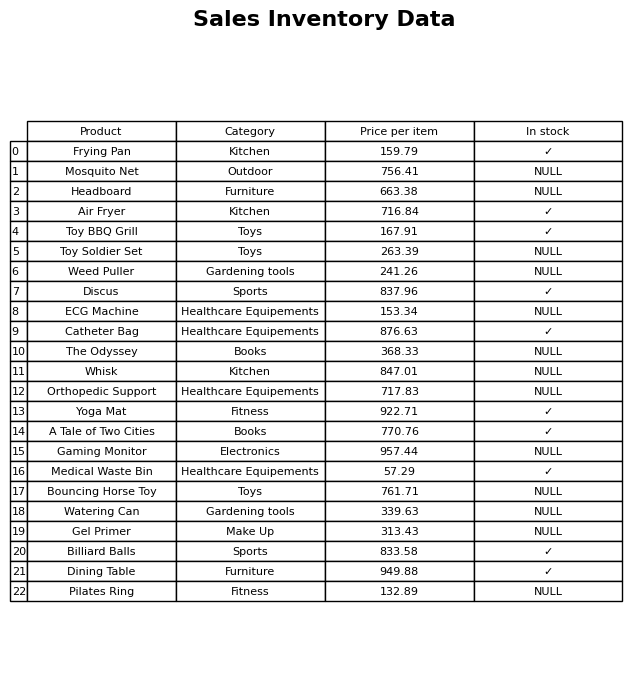
question: What is the price for Discus?
answer: The price of Discus is 837.96.